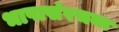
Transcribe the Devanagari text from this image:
भाषासंरचना